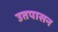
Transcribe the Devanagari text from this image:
उतपासन